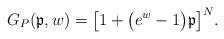
LaTeX: \begin{gather*}G_{P}(\mathfrak{p},w)=\big[ 1+\big( e^{w}-1\big) \mathfrak{p}\big]^{N}.\end{gather*}